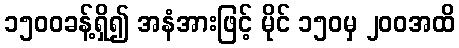
၁၅၀၀ခန့်ရှိ၍ အနံအားဖြင့် မိုင် ၁၅၀မှ ၂၀၀အထိ